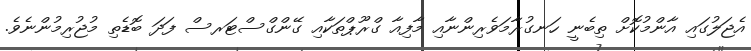
އެޖަލުގައި އާންމުކޮށް ތިބެނީ ހަނގުރާމަވެރިންނާއި މާފިއާ ގްރޫޕްތަކާއި ގޭންގްސްޓަރސް ފަދަ ބޮޑެތި މުޖުރިމުންނެވެ.